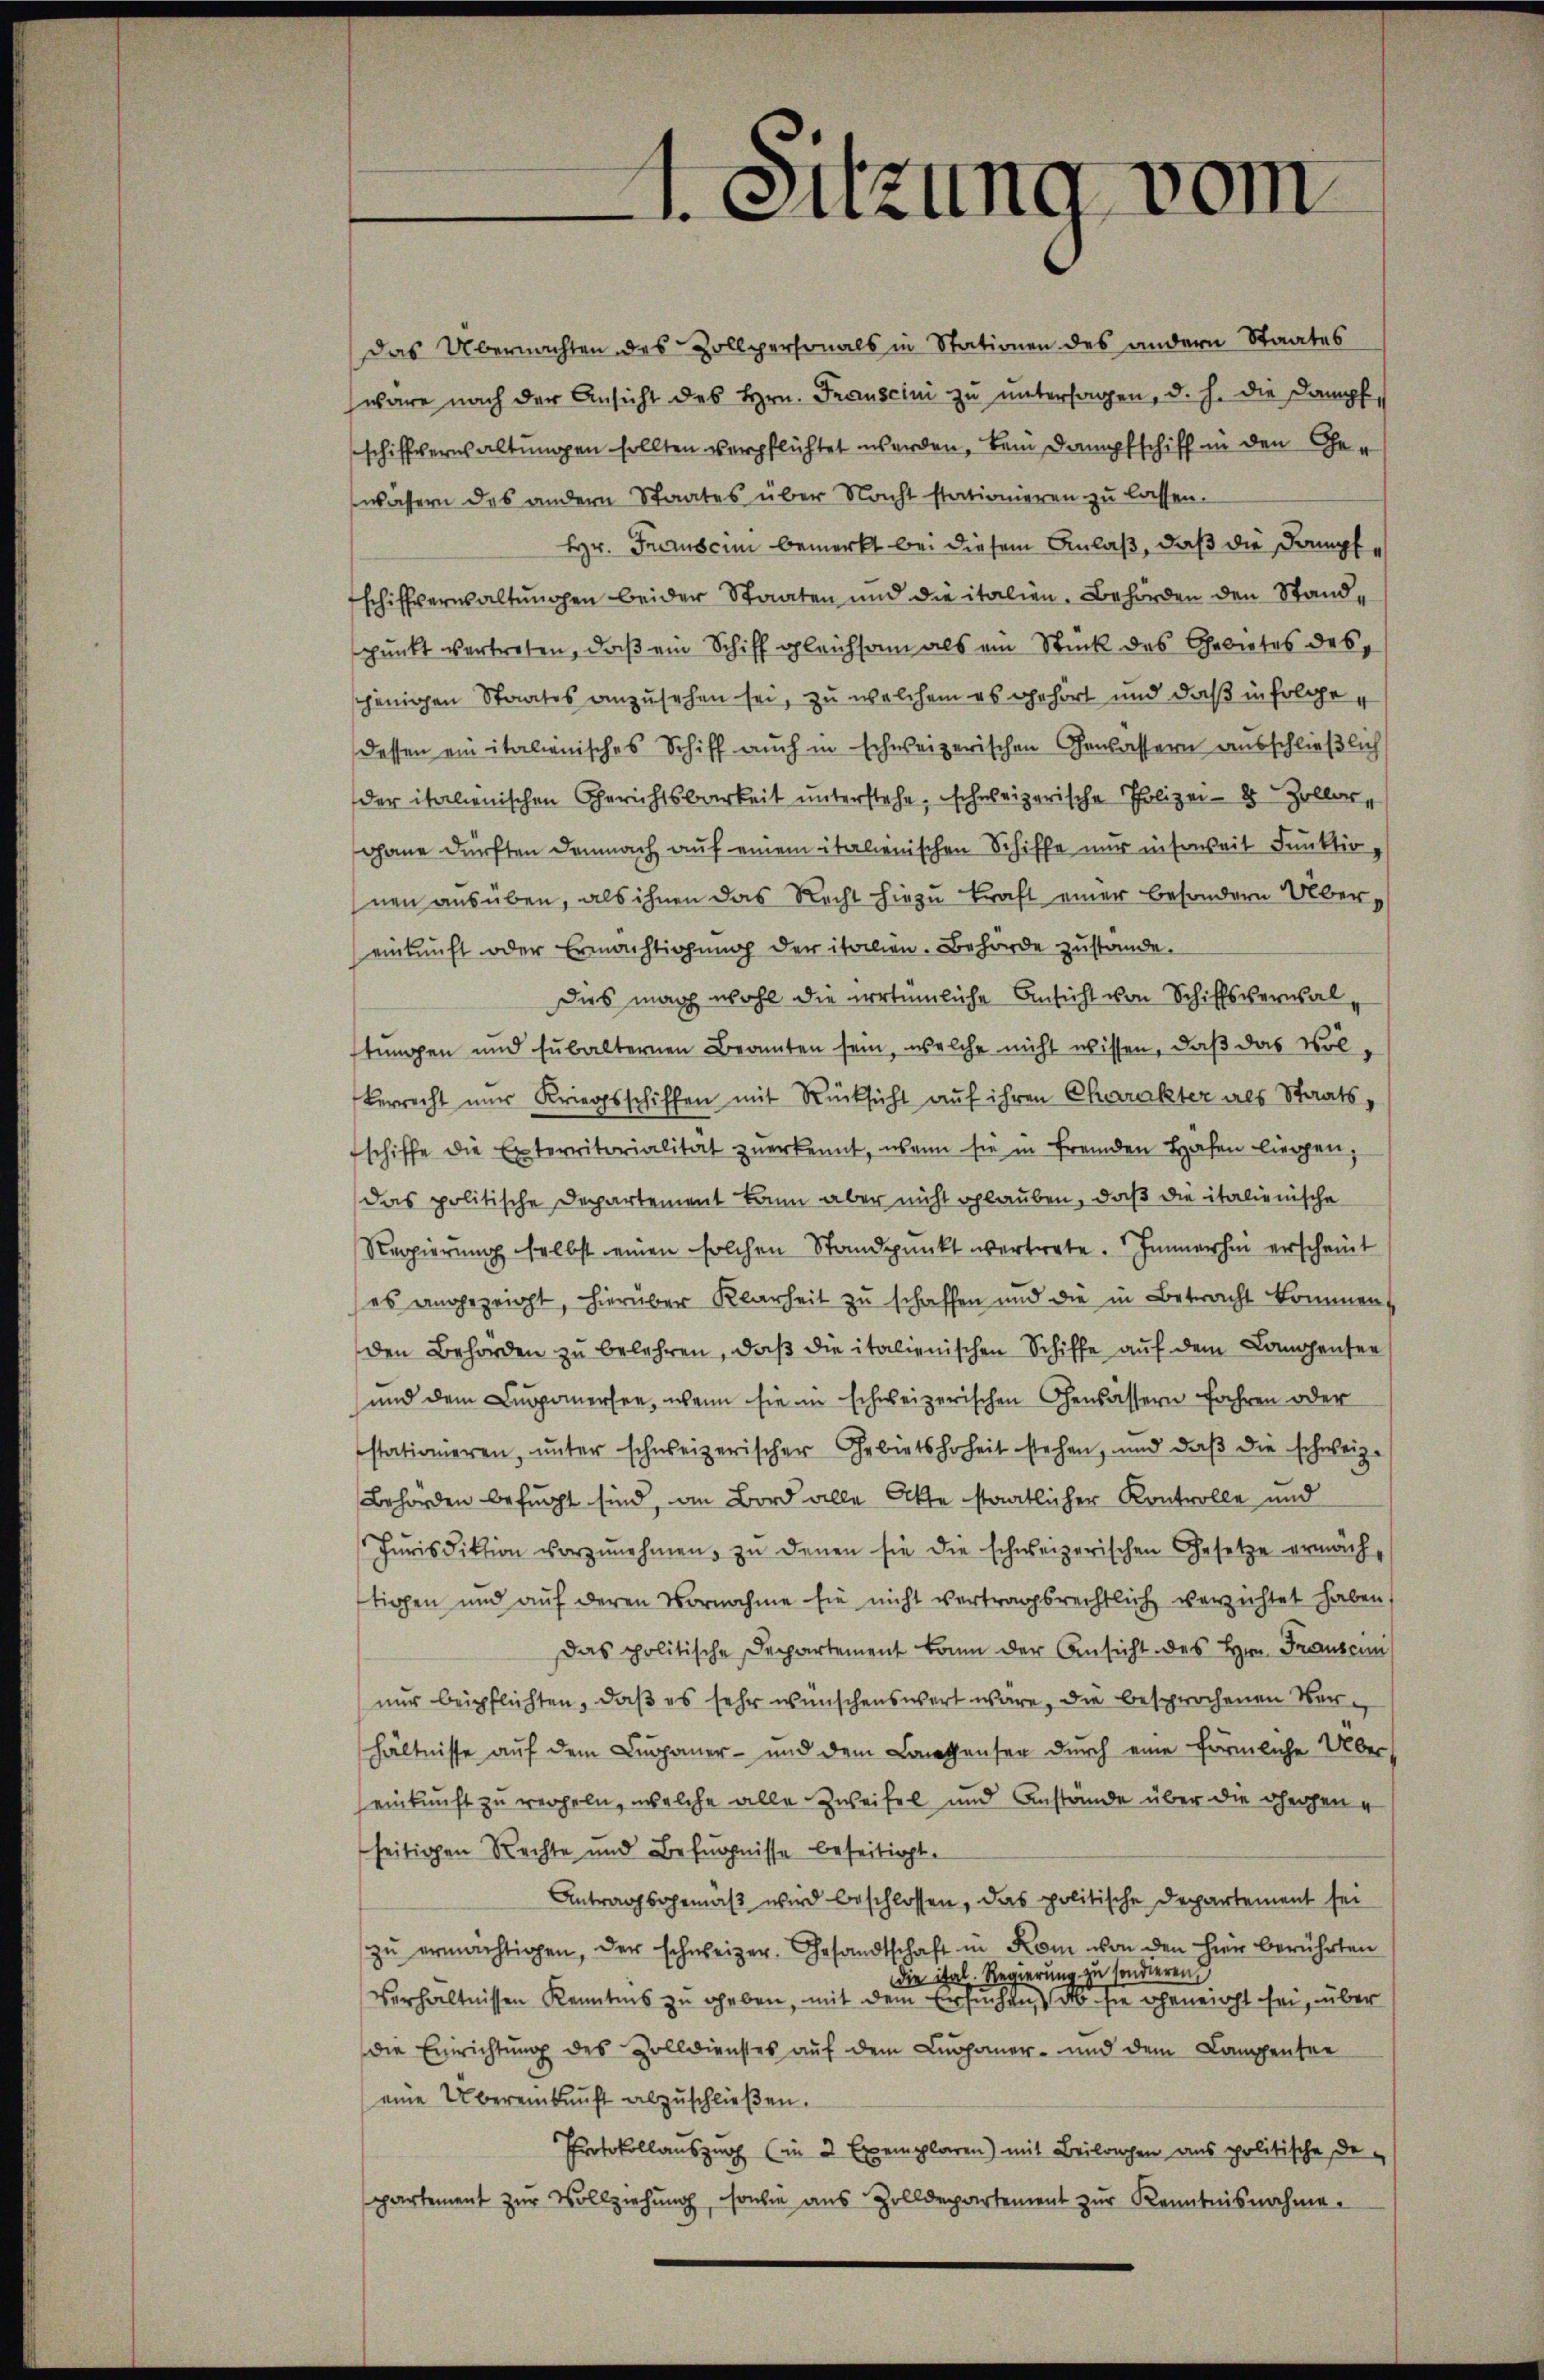
.

Das Übernachten des Zollpersonals in Stationen des andern Staates
wäre nach der Ansicht des Hrn. Franscini zu untersagen, d. h. die Dampf, s
schiffernhaltungen sollten verpflichtet werden, kein Dampfschiff in den Gewässern das andern Staates über Nacht stationieren zu lassen.
Hr. Freuscini bemerkt bei diesem Anlaß, daß die Dampfschiffverwaltungen beider Staaten und die italien. Behörden den Standpunkt vertreten, daß ein Schiff gleichsam als ein Stück des Gebietes des
sjenigen Staates anzusehen sei, zu welchem es gehört und daß in folgedessen ein italienisches Schiff auch in schweizerischen Gewässern ausschließlich
der italienischen Gerichtsbarkeit unterstehe, schweizerische Polizei- 2 Zollar,
gane dürften demnach auf einem italienischen Schiffe nur insoweit Funktionen ausüben, als ihnen das Recht hiezu kraft einer besondern Obereinkunft oder Ermächtigung der italien. Behörde zustände.
Dies mach wohl die vertümliche Ansicht von Schiffsverwal
tungen und subalternen Beamten sein, welche nicht wissen, daß das Volberrecht nur Kriegsschiffen mit Rücksicht auf ihren Charakter als Staatsschiffe die Exterritorialität zuerkennt, wenn sie in fremden Hafen liegen,
das politische Departement kann aber nicht glauben, daß die italienische
Regierung selbst einen solchen Standpunkt vertrete. Immerhin erscheint
es angezeigt, hierüber Klarheit zu schaffen und die in Betracht komment
den Behörden zu belehren, daβ die italienischen Schiffe auf dem Langensee
und dem Lupponersee, wenn sie im schweizerischen Gewässern fahren oder
stationieren, unter schweizerischer Gebietshoheit stehen, und daβ die schweiz.
Behörden befugt sind, an Bord alle Akte staatlicher Kontrolle und
Jurisdiktion vorzŭnehmen, zu denen sie die schweizerischen Gesetze ermäch-
tigen und auf deren Vornahme sie nicht vertragsrechtlich verzichtet haben,
Das politische Departement kann der Ansicht des Hrn. Franzei
nur beipflichten, daß es sehr wünschenswert wäre, die besprochenen Verhältnisse auf dem Lumpaner- und dem Langhauser durch eine förmliche Übers
einkunft zu recheln, welche alle Zweifel und Anstände über die gegen
seitigen Rechte und Befugnisse beseitigt.
Antragsgemäß wird beschlossen, das politische Departement sei
zŭ ermächtigen, der schweizer. Gesandtschaft in Rom von den hier berührten
die ital. Regierung zu sondieren
verhältnissen Kenntnis zu geben, mit dem Ersuchen des sie geneicht sei, über
die Einrichtung des Zolldienstes auf dem Luchaner- und dem Lampensee
eine Übereinkunft abzuschließen.
Protokollauszug (in 2 Exemplaren) mit Beilagen aus politische Departement zur Vollziehung, sowie aus Zolldepartement zur Kenntnisnahme.

4. Sitzung vom